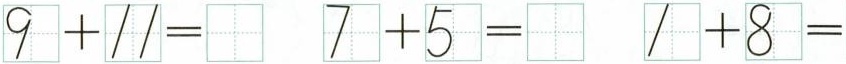
$$9 + 1 1 =$$ $$7 + 5 =$$ $$1 + 8 =$$